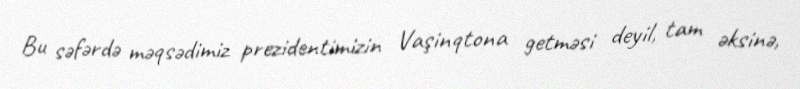
Bu səfərdə məqsədimiz prezidentimizin Vaşinqtona getməsi deyil, tam əksinə,